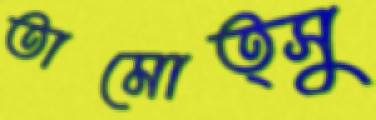
তামোত্সু